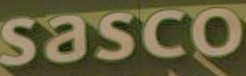
sasco